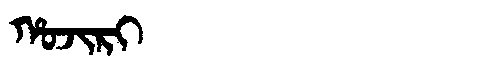
Manchu: ᡥᠣᠵᡳᡵᡳ
Romanization: HOJIRI